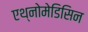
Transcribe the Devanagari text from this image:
एथ्नोमेडिसिन